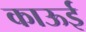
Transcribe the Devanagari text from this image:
काऊई